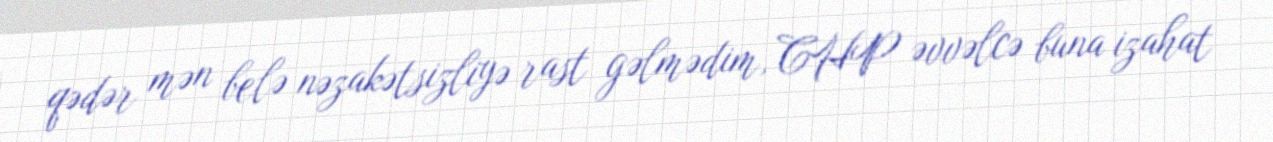
qədər mən belə nəzakətsizliyə rast gəlmədim, CHP əvvəlcə buna izahat